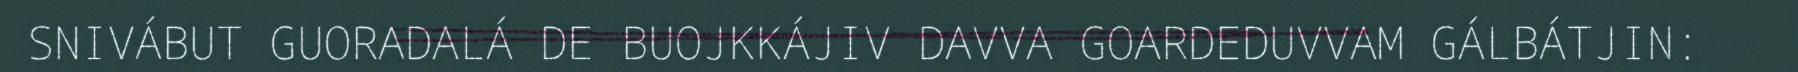
SNIVÁBUT GUORADALÁ DE BUOJKKÁJIV DAVVA GOARDEDUVVAM GÁLBÁTJIN: